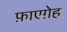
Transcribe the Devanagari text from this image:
फ़ाएग़ेह